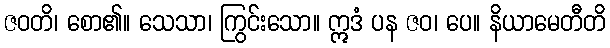
ဇဝတိ၊ စော၏။ သေသာ၊ ကြွင်းသော။ ဣဒံ ပန ဇဝ၊ ပေ။ နိယာမေတီတိ